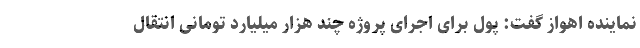
نماینده اهواز گفت: پول برای اجرای پروژه چند هزار میلیارد تومانی انتقال